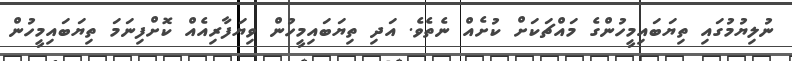
ނުލިޔުމުގައި ތިޔަބައިމީހުންގެ މައްޗަކަށް ކުށެއް ނެތެވެ. އަދި ތިޔަބައިމީހުން ވިޔަފާރިއެއް ކޮށްފިނަމަ ތިޔަބައިމީހުން